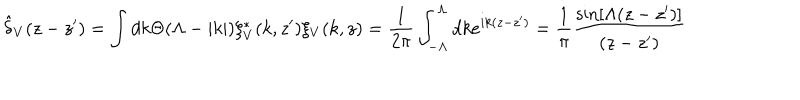
LaTeX: \hat { \delta } _ { V } ( z - z ^ { \prime } ) = \int d k \Theta ( \Lambda - | k | ) \xi _ { V } ^ { * } ( k , z ^ { \prime } ) \xi _ { V } ( k , z ) = \frac { 1 } { 2 \pi } \int _ { - \Lambda } ^ { \Lambda } d k e ^ { i k ( z - z ^ { \prime } ) } = \frac { 1 } { \pi } \frac { \sin [ \Lambda ( z - z ^ { \prime } ) ] } { ( z - z ^ { \prime } ) }